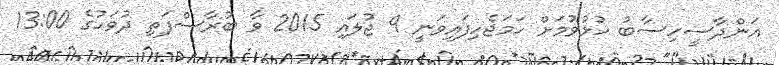
އަންދާސީހިސާބު ހުޅުވުމަށް ހަމަޖެހިފައިވަނީ 9 ޖުލައި 2015 ވާ ބުރާސްފަތި ދުވަހުގެ 13:00